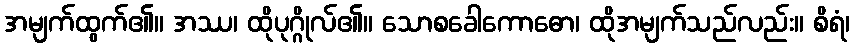
အမျက်ထွက်၏။ အဿ၊ ထိုပုဂ္ဂိုလ်၏။ သောစခေါကောဓော၊ ထိုအမျက်သည်လည်း။ စိရံ၊